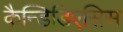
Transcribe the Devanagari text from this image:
कैन्डिडिएसिस